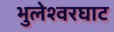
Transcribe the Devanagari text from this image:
भुलेश्वरघाट